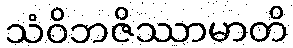
သံဝိဘဇိဿာမာတိ